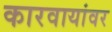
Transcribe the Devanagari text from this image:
कारवायांवर